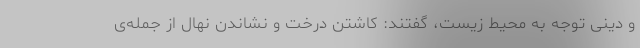
و دینی توجه به محیط زیست، گفتند: کاشتن درخت و نشاندن نهال از جمله‌ی